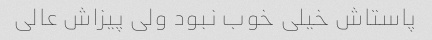
پاستاش خیلی خوب نبود ولی پیزاش عالی